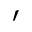
\prime